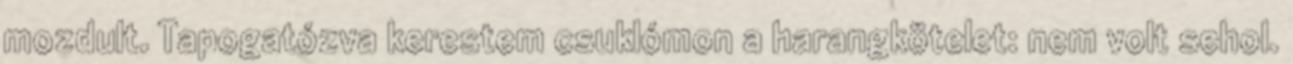
mozdult. Tapogatózva kerestem csuklómon a harangkötelet: nem volt sehol.